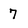
Character: 7